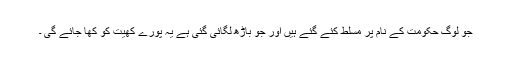
جو لوگ حکومت کے نام پر مسلط کئے گئے ہیں اور جو باڑھ لگائی گئی ہے یہ پورے کھیت کو کھا جائے گی ۔